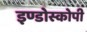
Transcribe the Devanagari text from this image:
इण्डोस्कोपी